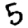
Digit: 5